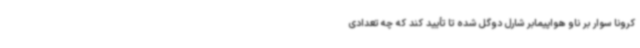
کرونا سوار بر ناو هواپیمابر شارل دوگل شده تا تأیید کند که چه تعدادی